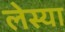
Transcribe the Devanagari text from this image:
लेस्या